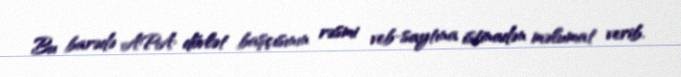
Bu barədə APA dövlət başçısının rəsmi veb-saytına istinadən məlumat verib.